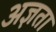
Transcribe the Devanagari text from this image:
अज्ञता